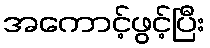
အကောင့်ဖွင့်ပြီး